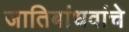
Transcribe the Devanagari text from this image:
जातिबांधवांचे